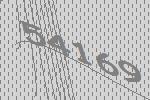
54169